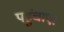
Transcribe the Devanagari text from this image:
पहुंचाए।